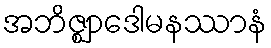
အဘိဇ္ဈာဒေါမနဿာနံ